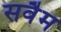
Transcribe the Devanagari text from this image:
सवैम